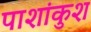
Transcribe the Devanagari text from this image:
पाशांकुश